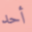
أحد